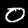
Digit: 0